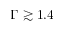
\Gamma \gtrsim 1 . 4